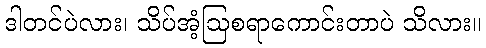
ဒါတင်ပဲလား၊ သိပ်အံ့ဩစရာကောင်းတာပဲ သိလား။